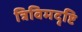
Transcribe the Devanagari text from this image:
त्रिविमदृष्टि